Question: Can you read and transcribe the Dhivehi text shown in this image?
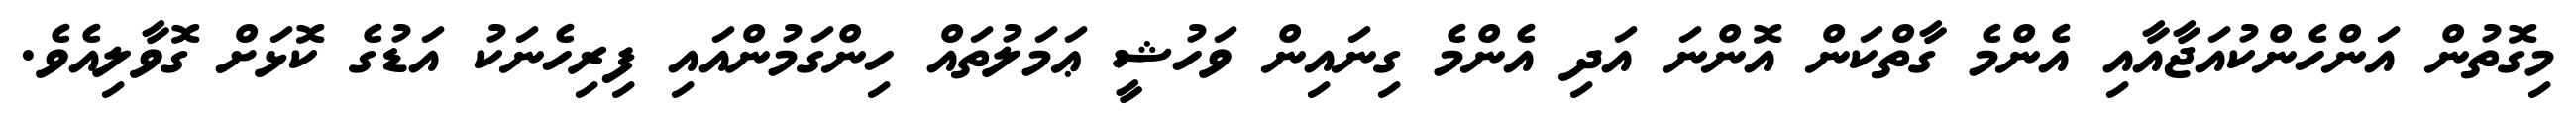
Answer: މިގޮތުން އަންހެންކުއަޖާއާއި އެންމެ ގާތްކަން އޮންނަ އަދި އެންމެ ގިނައިން ވަހުޝީ ޢަމަލުތައް ހިންގަމުންއައި ފިރިހެނަކު އަޑުގެ ކޮޅަށް ގޮވާލިއެވެ.